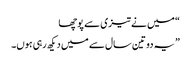
“ میں نے تیزی سے پوچھا
” یہ دو تین سال سے میں دیکھ رہی ہوں۔